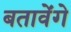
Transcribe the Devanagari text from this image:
बतावेंगे